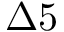
\Delta 5